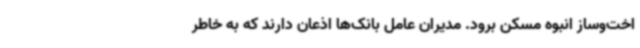
اخت‌وساز انبوه مسکن برود. مدیران عامل بانک‌ها اذعان دارند که به خاطر